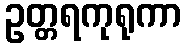
ဥတ္တရကုရုကာ